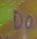
do